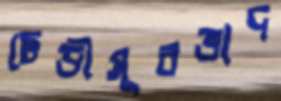
ঢেড়ীসূরভাদ